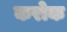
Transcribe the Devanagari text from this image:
करोक